Indian journal of veterinary science and animal husbandry - Volume 2,
Year: 1932
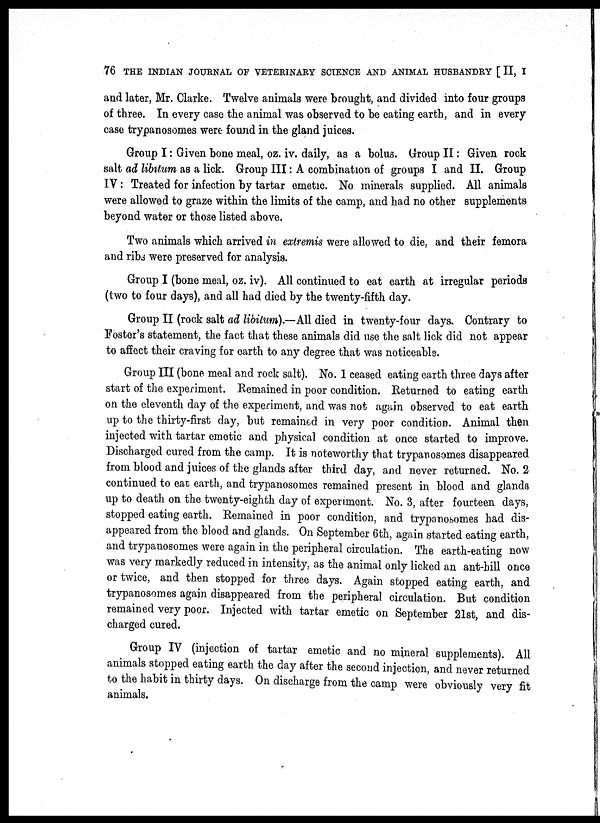
76 THE INDIAN JOURNAL OF VETERINARY SCIENCE AND ANIMAL HUSBANDRY [ II, I
and later, Mr. Clarke. Twelve animals were brought, and divided into four groups
of three. In every case the animal was observed to be eating earth, and in every
case trypanosomes were found in the gland juices.
Group I: Given bone meal, oz. iv. daily, as a bolus. Group II : Given rock
salt ad libitum, as a lick. Group III: A combination of groups I and II. Group
IV:Treated for infection by tartar emetic. No minerals supplied. All animals
were allowed to graze within the limits of the camp, and had no other supplements
beyond water or those listed above.
Two animals which arrived in extremis were allowed to die, and their femora
and ribs were preserved for analysis.
Group I (bone meal, oz. iv). All continued to eat earth at irregular periods
(two to four days), and all had died by the twenty-fifth day.
Group II (rock salt ad libitum).—All died in twenty-four days. Contrary to
Foster's statement, the fact that these animals did use the salt lick did not appear
to affect their craving for earth to any degree that was noticeable.
Group III (bone meal and rock salt). No. 1 ceased eating earth three days after
start of the experiment. Remained in poor condition. Returned to eating earth
on the eleventh day of the experiment, and was not again observed to eat earth
up to the thirty-first day, but remained in very poor condition. Animal then
injected with tartar emetic and physical condition at once started to improve.
Discharged cured from the camp. It is noteworthy that trypanosomes disappeared
from blood and juices of the glands after third day, and never returned. No. 2
continued to eat earth, and trypanosomes remained present in blood and glands
up to death on the twenty-eighth day of experiment. No. 3, after fourteen days,
stopped eating earth. Remained in poor condition, and trypanosomes had dis-
appeared from the blood and glands. On September 6th, again started eating earth,
and trypanosomes were again in the peripheral circulation. The earth-eating now
was very markedly reduced in intensity, as the animal only licked an ant-hill once
or twice, and then stopped for three days. Again stopped eating earth, and
trypanosomes again disappeared from the peripheral circulation. But condition
remained very poor. Injected with tartar emetic on September 21st, and dis-
charged cured.
Group IV (injection of tartar emetic and no mineral supplements). All
animals stopped eating earth the day after the second injection, and never returned
to the habit in thirty days. On discharge from the camp were obviously very fit
animals.